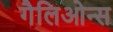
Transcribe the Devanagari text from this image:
गैलिओन्स